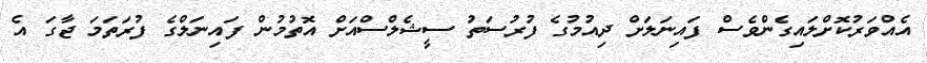
އެއްވަރުކޮށްލައިގެންވެސް ފައިނަލަށް ދިއުމުގެ ފުުރުސަތު ސީޝެލްސްއަށް އޮތުމުން ފައިނަލްގެ ފުރަތަމަ ޖާގަ އެ